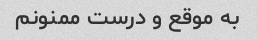
به موقع و درست ممنونم